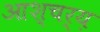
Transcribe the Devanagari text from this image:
आश्चर्य़